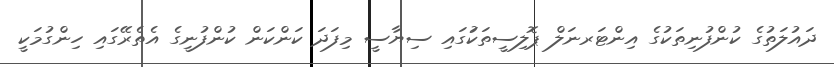
ދައުލަތުގެ ކުންފުނިތަކުގެ އިންޓަރނަލް ޕޮލިސީތަކަުގައި ސިޔާސީ މިފަދަ ކަންކަން ކުންފުނީގެ އެތެރޭގައި ހިންގުމަކީ